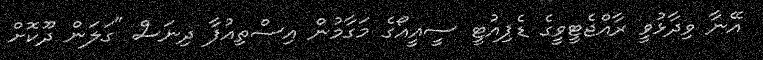
އޭނާ ވިދާޅުވީ ރާއްޖެޓީވީގެ ޑެޕިއުޓީ ސީއީއޯގެ މަގާމުން އިސްތިއުފާ ދިނަސް "ގަލަން ދޫކޮށް